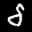
Label: 5